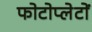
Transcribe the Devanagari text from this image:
फोटोप्लेटों